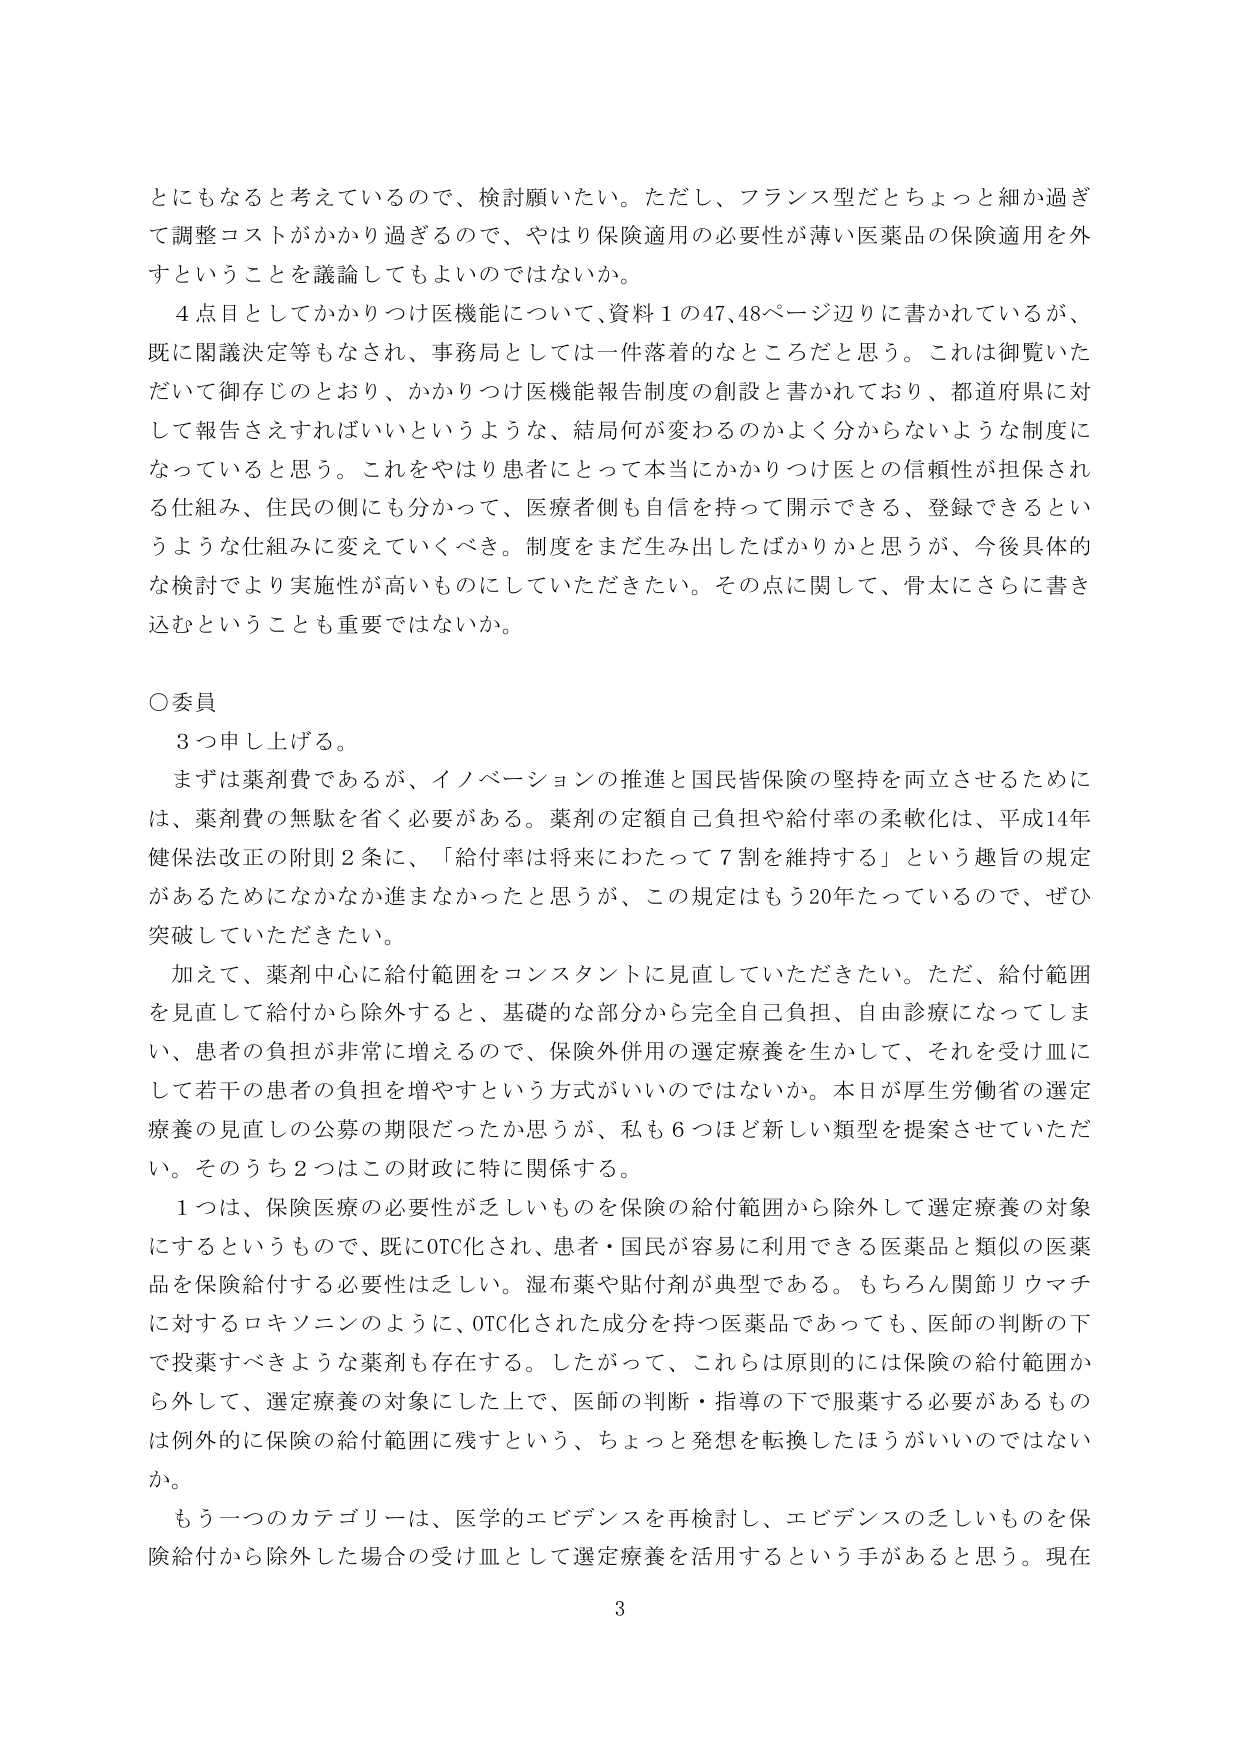
とにもなると考えているので、検討願いたい。ただし、フランス型だとちょっと細か過ぎて調整コストがかかり過ぎるので、やはり保険適用の必要性が薄い医薬品の保険適用を外すということを議論してもよいのではないか。

４点目としてかかりつけ医機能について、資料１の47、48ページ辺りに書かれているが、既に閣議決定等もなされ、事務局としては一件落着的なところだと思う。これは御覧いただいて御存じのとおり、かかりつけ医機能報告制度の創設と書かれており、都道府県に対して報告をえすればいいというような、結局何が変わるのかよく分からないような制度になっていると思う。これをやはり患者にとって本当にかかりつけ医との信頼性が担保される仕組み、住民の側にも分かって、医療者側も自信を持って開示できる、登録できるというような仕組みに変えていくべき。制度をまだ生み出したばかりかと思うが、今後具体的な検討でより実施性が高いものにしていただきたい。その点に関して、骨太にさらに書き込むということも重要ではないか。

○委員
　３つ申し上げる。
　まずは薬剤費であるが、イノベーションの推進と国民皆保険の堅持を両立させるためには、薬剤費の無駄を省く必要がある。薬剤の定額自己負担や給付率の柔軟化は、平成14年健保法改正の附則２条に、「給付率は将来にわたって７割を維持する」という趣旨の規定があるためになかなか進まなかったと思うが、この規定はもう20年たっているので、ぜひ突破していただきたい。
　加えて、薬剤中心に給付範囲をコンスタントに見直していただきたい。ただ、給付範囲を見直して給付から除外すると、基礎的な部分から完全自己負担、自由診療になってしまい、患者の負担が非常に増えるので、保険外併用の選定療養を生かして、それを受け皿にして若干の患者の負担を増やすという方式がいいのではないか。本日が厚生労働省の選定療養の見直しの公募の期限だったかと思うが、私も６つほど新しい類型を提案させていただいた。そのうち２つはこの財政に特に関係する。
　１つは、保険医療の必要性が乏しいものを保険の給付範囲から除外して選定療養の対象にするというもので、既にOTC化され、患者・国民が容易に利用できる医薬品と類似の医薬品を保険給付する必要性は乏しい。湿布薬や貼付剤が典型である。もちろん関節リウマチに対するロキソニンのように、OTC化された成分を持つ医薬品であっても、医師の判断の下で投薬すべきような薬剤も存在する。したがって、これらは原則的には保険の給付範囲から外して、選定療養の対象にした上で、医師の判断・指導の下で服薬する必要があるものは例外的に保険の給付範囲に残すという、ちょっと発想を転換したほうがいいのではないか。
　もう一つのカテゴリーは、医学的エビデンスを再検討し、エビデンスの乏しいものを保険給付から除外した場合の受け皿として選定療養を活用するという手があると思う。現在

3